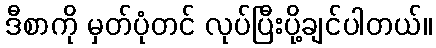
ဒီစာကို မှတ်ပုံတင် လုပ်ပြီးပို့ချင်ပါတယ်။